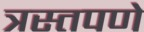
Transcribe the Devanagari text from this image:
त्रस्तपणे